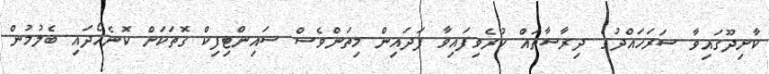
ކާށިދޫގައިވާ ސަރަހައްދުގެ ދިރާސާތައް ކުރެވިފައިވާ ފަދައިން މިތަންވެސް ސައިންޓިފިކް ގޮތަކަށް ކޮނެހޯދައި ބެލުމުން